Statistics compiled by the Government of India from the reports of provincial Civil Veterinary Departments
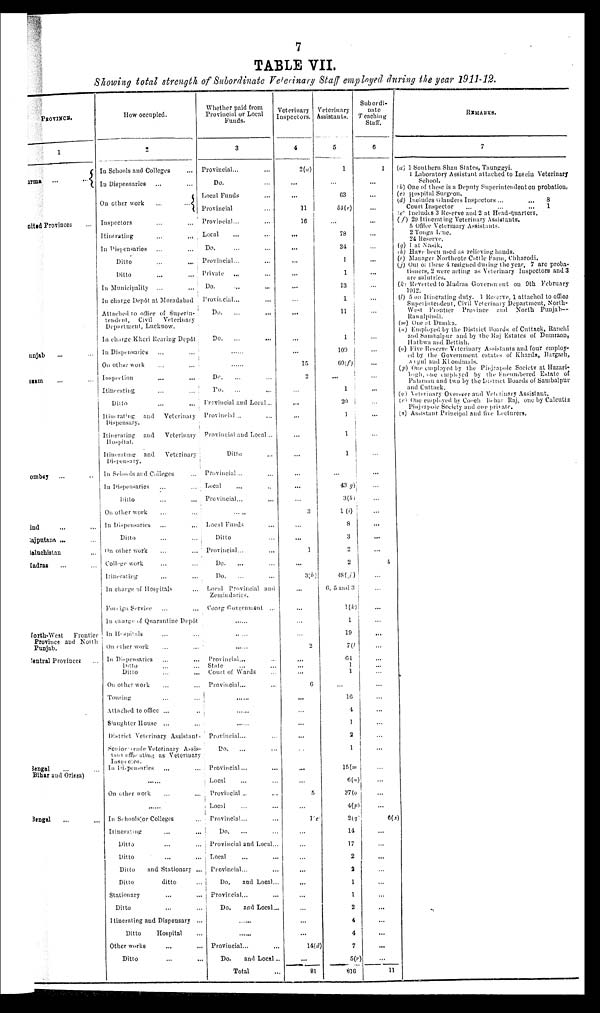
7
TABLE VII.
Showing total strength of Subordinate Veterinary Staff employed during the year 1911-12.
PROVINCE.
1
Burma ... ...
United Provinces ...
Punjab ... ...
Assam ... ...
Bombay ... ...
Sind
... ...
Rajputana ... ...
Baluchistan ... ...
Madras ... ...
North-West
Frontier
Province and North
Punjab.
Central Provinces ...
Bengal ... ...
(Bihar and Orissa)
Bengal ... ...
How occupied.
2
In Schools and Colleges ...
In Dispensaries ... ...
On other work
...
...
Inspectors ... ...
Itinerating
...
...
In Dispensaries ... ...
Ditto ... ...
Ditto ... ...
In Municipality
... ...
In charge Depôt at Moradabad
Attached to office of Superin-
tendent,
Civil
Veterinary
Department, Lucknow.
In charge Kheri Rearing Depôt
In Dispensaries ... ...
On other work ... ...
Inspection
...
...
Itinerating ... ...
Ditto ... ...
Itinerating
and
Veterinary
Dispensary.
Itinerating
and
Veterinary
Hospital.
Itinerating and
Veterinary
Dispensary.
In Schools and Colleges ...
In Dispensaries ... ...
Ditto ... ...
On other work ... ...
in Dispensaries ... ...
Ditto ... ...
On other work ... ...
College work ... ...
Itinerating ... ...
In charge of Hospitals ...
Foreign Service ... ...
In charge of Quarantine Depôt
In Hospitals ... ...
On ether work ...
In Dispensaries ... ...
Ditto ... ...
Ditto ... ...
On other work ... ...
Touring ... ...
Attached to office ... ...
Slaughter House ... ...
District Veterinary
Assistants
Senior Grade Veterinary
Assis¬
tant offierating as Veterinary
Inspector.
In Dispensaries ... ...
.. ...
On other work ... ...
......
In Schools or Colleges ...
Itinerating ... ...
Ditto ... ...
Ditto ... ...
Ditto
and Stationary ...
Ditto
ditto ...
Stationary ... ...
Ditto ... ...
Itinerating and Dispensary ...
Ditto
Hospital ...
Other works ... ...
Ditto ... ...
Whether paid from
Provincial or Local
Funds.
3
Provincial ... ... ...
Do. ...
Local Funds ...
Provincial ...
Provincial... ...
Local ... ...
Do. ... ...
Provincial ... ...
Private ... ...
Do. ... ...
Provincial... ...
Do.
... ...
Do.
... ...
....
......
Do. ... ...
Do. ... ...
Provincial and Local ...
Provincial ... ...
Provincial and Local ...
Ditto ...
Provincial... ...
Local ... ...
Provincial...
......
Local Funds ...
Ditto ...
Provincial.. ....
Do.
... ...
Do.
... ...
Local Provincial and
Zemindaries.
Coorg Government ...
......
......
Provincial...
State ... ...
Court of Wards ...
Provincial... ...
......
......
......
Provincial ... ...
Do.
.. ....
Provincial ... ...
Local ... ...
Provincial ... ...
Local ... ...
Provincial ... ...
Do.
... ...
Provincial and Local. ...
Local ... ...
Provincial... ...
Do,
and Local. ...
Provincial... ...
Do.
and Local. ...
......
Provincial... ...
Do.
and Local ...
Total ...
Veterinary
Inspectors.
4
2(a)
...
...
11
16
...
...
...
...
...
...
...
...
...
15
2
...
...
...
...
...
...
...
3
...
...
1
...
3(b)
...
...
...
...
2
...
...
6
...
...
...
...
...
...
...
5
...
1(c)
...
...
...
...
...
...
...
...
...
14(d)
...
81
Veterinary
Assistants.
5
1
...
63
54(e)
...
78
34
1
1
13
1
11
1
109
60(f)
...
1
20
1
1
1
...
...
43(g)
3(h)
1(i)
8
3
2
2
48(j)
6, 5 and 3
1(k)
1
19
7(i)
64
1
1
16
4
1
2
1
15(m)
6(n)
37(o)
4(p)
2(q)
14
17
2
2
1
1
2
4
4
7
5(r)
816
Subordi-
nate
caching
Staff.
6
1
...
...
...
...
...
...
...
...
...
...
...
...
...
...
...
...
...
...
...
...
...
...
...
...
...
...
...
...
4
...
...
...
...
...
...
...
...
...
...
...
...
...
...
...
...
...
...
...
6(s)
...
...
...
...
...
...
...
...
...
...
...
11
REMARKS.
7
(a) 1 Southern Shan States, Taunggyi.
1 Laboratory Assistant attached to Insein Veterinary
School.
(b) One of these is a Deputy Superintendent on probation.
(c) Hospital Surgeon.
(d) Includes Glanders Inspectors ...
...
8
Court Inspector
...
...
...
1
(e) Includes 3 Reserve and 2 at Head-quarters.
(f) 29 Itinerating Veterinary Assistants.
5 Office Veterinary Assistants.
2 Tonga Line.
24 Reserve.
(g) 1 at Nasik.
(h) Have been used as relieving hands.
(i) Manager Northcote Cattle Farm, Chharodi.
(j) Out of these 4 resigned during the year, 7 are proba-
tioners, 2 were acting as Veterinary Inspectors and 3
are salutries.
(k) Reverted to Madras Government on 9th February
1912.
(l) 5 on Itinerating duty. 1 Reserve, 1 attached to office
Superintendent, Civil Veterinary Department, North¬
West Frontier
Province and North Punjab—
Rawalpindi.
(m) One at Dumka.
(n) Employed by the District Boards of Cuttack, Ranchi
and Sambalpur and by the Raj Estates of Dumraon,
Hathwa and Bettiah.
(o) Five Reserve Veterinary Assistants and four employ-
ed by the Government estates of Kharda, Bargarh,
A t gul and Khondmals.
(p) One employed by the Pinjrapole Society at Hazari¬
bagh, one employed by the Eneumbered Estate of
Palaman and two by the District Boards of Sambalpur
and Cuttack.
(q) Veterinary Overseer and Veterinary Assistant.
(r) One employed by Coach Behar Raj, one by Calcutta
Pinjrapole Society and one private.
(s) Assistant Principal and five Lecturers.